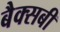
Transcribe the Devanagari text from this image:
बैक्सबी